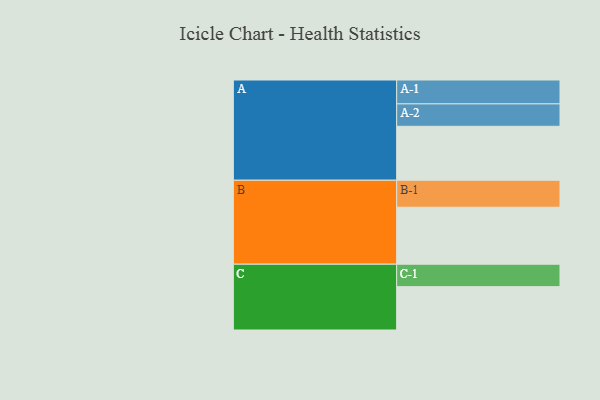
{"axis": {"x": "Segment", "y": "Value"}, "legend": ["", "A", "B", "C"], "data": [{"x": "A", "y": 551, "type": ""}, {"x": "B", "y": 582, "type": ""}, {"x": "C", "y": 443, "type": ""}, {"x": "A-1", "y": 244, "type": "A"}, {"x": "A-2", "y": 229, "type": "A"}, {"x": "B-1", "y": 276, "type": "B"}, {"x": "C-1", "y": 229, "type": "C"}]}